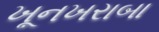
ખૂનખરાબા